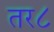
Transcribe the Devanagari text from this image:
तर८